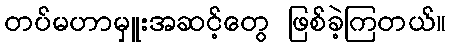
တပ်မဟာမှူးအဆင့်တွေ ဖြစ်ခဲ့ကြတယ်။